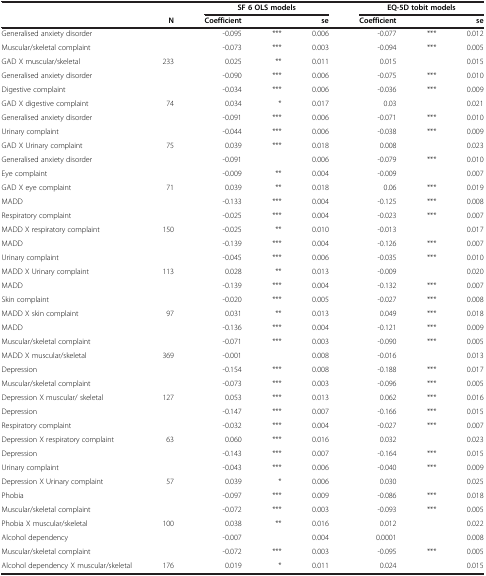
<table><thead><tr><td><b> </b></td><td><b> </b></td><td colspan="3"><b>SF 6 OLS models</b></td><td colspan="3"><b>EQ-5D tobit models</b></td></tr><tr><td><b> </b></td><td><b>N</b></td><td><b>Coefficient</b></td><td><b> </b></td><td><b>se</b></td><td><b>Coefficient</b></td><td><b> </b></td><td><b>se</b></td></tr></thead><tbody><tr><td>Generalised anxiety disorder</td><td> </td><td>-0.095</td><td>***</td><td>0.006</td><td>-0.077</td><td>***</td><td>0.012</td></tr><tr><td>Muscular/skeletal complaint</td><td> </td><td>-0.073</td><td>***</td><td>0.003</td><td>-0.094</td><td>***</td><td>0.005</td></tr><tr><td>GAD X muscular/skeletal</td><td>233</td><td>0.025</td><td>**</td><td>0.011</td><td>0.015</td><td> </td><td>0.015</td></tr><tr><td>Generalised anxiety disorder</td><td> </td><td>-0.090</td><td>***</td><td>0.006</td><td>-0.075</td><td>***</td><td>0.010</td></tr><tr><td>Digestive complaint</td><td> </td><td>-0.034</td><td>***</td><td>0.006</td><td>-0.036</td><td>***</td><td>0.009</td></tr><tr><td>GAD X digestive complaint</td><td>74</td><td>0.034</td><td>*</td><td>0.017</td><td>0.03</td><td> </td><td>0.021</td></tr><tr><td>Generalised anxiety disorder</td><td> </td><td>-0.091</td><td>***</td><td>0.006</td><td>-0.071</td><td>***</td><td>0.010</td></tr><tr><td>Urinary complaint</td><td> </td><td>-0.044</td><td>***</td><td>0.006</td><td>-0.038</td><td>***</td><td>0.009</td></tr><tr><td>GAD X Urinary complaint</td><td>75</td><td>0.039</td><td>***</td><td>0.018</td><td>0.008</td><td> </td><td>0.023</td></tr><tr><td>Generalised anxiety disorder</td><td> </td><td>-0.091</td><td> </td><td>0.006</td><td>-0.079</td><td>***</td><td>0.010</td></tr><tr><td>Eye complaint</td><td> </td><td>-0.009</td><td>**</td><td>0.004</td><td>-0.009</td><td> </td><td>0.007</td></tr><tr><td>GAD X eye complaint</td><td>71</td><td>0.039</td><td>**</td><td>0.018</td><td>0.06</td><td>***</td><td>0.019</td></tr><tr><td>MADD</td><td> </td><td>-0.133</td><td>***</td><td>0.004</td><td>-0.125</td><td>***</td><td>0.008</td></tr><tr><td>Respiratory complaint</td><td> </td><td>-0.025</td><td>***</td><td>0.004</td><td>-0.023</td><td>***</td><td>0.007</td></tr><tr><td>MADD X respiratory complaint</td><td>150</td><td>-0.025</td><td>**</td><td>0.010</td><td>-0.013</td><td> </td><td>0.017</td></tr><tr><td>MADD</td><td> </td><td>-0.139</td><td>***</td><td>0.004</td><td>-0.126</td><td>***</td><td>0.007</td></tr><tr><td>Urinary complaint</td><td> </td><td>-0.045</td><td>***</td><td>0.006</td><td>-0.035</td><td>***</td><td>0.010</td></tr><tr><td>MADD X Urinary complaint</td><td>113</td><td>0.028</td><td>**</td><td>0.013</td><td>-0.009</td><td> </td><td>0.020</td></tr><tr><td>MADD</td><td> </td><td>-0.139</td><td>***</td><td>0.004</td><td>-0.132</td><td>***</td><td>0.007</td></tr><tr><td>Skin complaint</td><td> </td><td>-0.020</td><td>***</td><td>0.005</td><td>-0.027</td><td>***</td><td>0.008</td></tr><tr><td>MADD X skin complaint</td><td>97</td><td>0.031</td><td>**</td><td>0.013</td><td>0.049</td><td>***</td><td>0.018</td></tr><tr><td>MADD</td><td> </td><td>-0.136</td><td>***</td><td>0.004</td><td>-0.121</td><td>***</td><td>0.009</td></tr><tr><td>Muscular/skeletal complaint</td><td> </td><td>-0.071</td><td>***</td><td>0.003</td><td>-0.090</td><td>***</td><td>0.005</td></tr><tr><td>MADD X muscular/skeletal</td><td>369</td><td>-0.001</td><td> </td><td>0.008</td><td>-0.016</td><td> </td><td>0.013</td></tr><tr><td>Depression</td><td> </td><td>-0.154</td><td>***</td><td>0.008</td><td>-0.188</td><td>***</td><td>0.017</td></tr><tr><td>Muscular/skeletal complaint</td><td> </td><td>-0.073</td><td>***</td><td>0.003</td><td>-0.096</td><td>***</td><td>0.005</td></tr><tr><td>Depression X muscular/ skeletal</td><td>127</td><td>0.053</td><td>***</td><td>0.013</td><td>0.062</td><td>***</td><td>0.016</td></tr><tr><td>Depression</td><td> </td><td>-0.147</td><td>***</td><td>0.007</td><td>-0.166</td><td>***</td><td>0.015</td></tr><tr><td>Respiratory complaint</td><td> </td><td>-0.032</td><td>***</td><td>0.004</td><td>-0.027</td><td>***</td><td>0.007</td></tr><tr><td>Depression X respiratory complaint</td><td>63</td><td>0.060</td><td>***</td><td>0.016</td><td>0.032</td><td> </td><td>0.023</td></tr><tr><td>Depression</td><td> </td><td>-0.143</td><td>***</td><td>0.007</td><td>-0.164</td><td>***</td><td>0.015</td></tr><tr><td>Urinary complaint</td><td> </td><td>-0.043</td><td>***</td><td>0.006</td><td>-0.040</td><td>***</td><td>0.009</td></tr><tr><td>Depression X Urinary complaint</td><td>57</td><td>0.039</td><td>*</td><td>0.006</td><td>0.030</td><td> </td><td>0.025</td></tr><tr><td>Phobia</td><td> </td><td>-0.097</td><td>***</td><td>0.009</td><td>-0.086</td><td>***</td><td>0.018</td></tr><tr><td>Muscular/skeletal complaint</td><td> </td><td>-0.072</td><td>***</td><td>0.003</td><td>-0.093</td><td>***</td><td>0.005</td></tr><tr><td>Phobia X muscular/skeletal</td><td>100</td><td>0.038</td><td>**</td><td>0.016</td><td>0.012</td><td> </td><td>0.022</td></tr><tr><td>Alcohol dependency</td><td> </td><td>-0.007</td><td> </td><td>0.004</td><td>0.0001</td><td> </td><td>0.008</td></tr><tr><td>Muscular/skeletal complaint</td><td> </td><td>-0.072</td><td>***</td><td>0.003</td><td>-0.095</td><td>***</td><td>0.005</td></tr><tr><td>Alcohol dependency X muscular/skeletal</td><td>176</td><td>0.019</td><td>*</td><td>0.011</td><td>0.024</td><td> </td><td>0.015</td></tr></tbody></table>